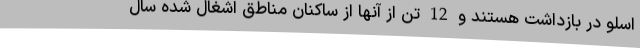
اسلو در بازداشت هستند و 12 تن از آنها از ساکنان مناطق اشغال شده سال